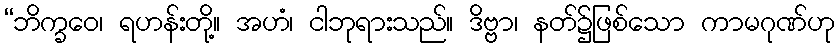
“ဘိက္ခဝေ၊ ရဟန်းတို့။ အဟံ၊ ငါဘုရားသည်။ ဒိဗ္ဗာ၊ နတ်၌ဖြစ်သော ကာမဂုဏ်ဟု